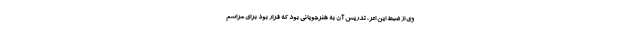
وی از ضبط این اثر، تدریس آن به هنرجویانی بود که قرار بود برای مراسم